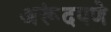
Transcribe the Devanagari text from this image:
अरूंदपणे